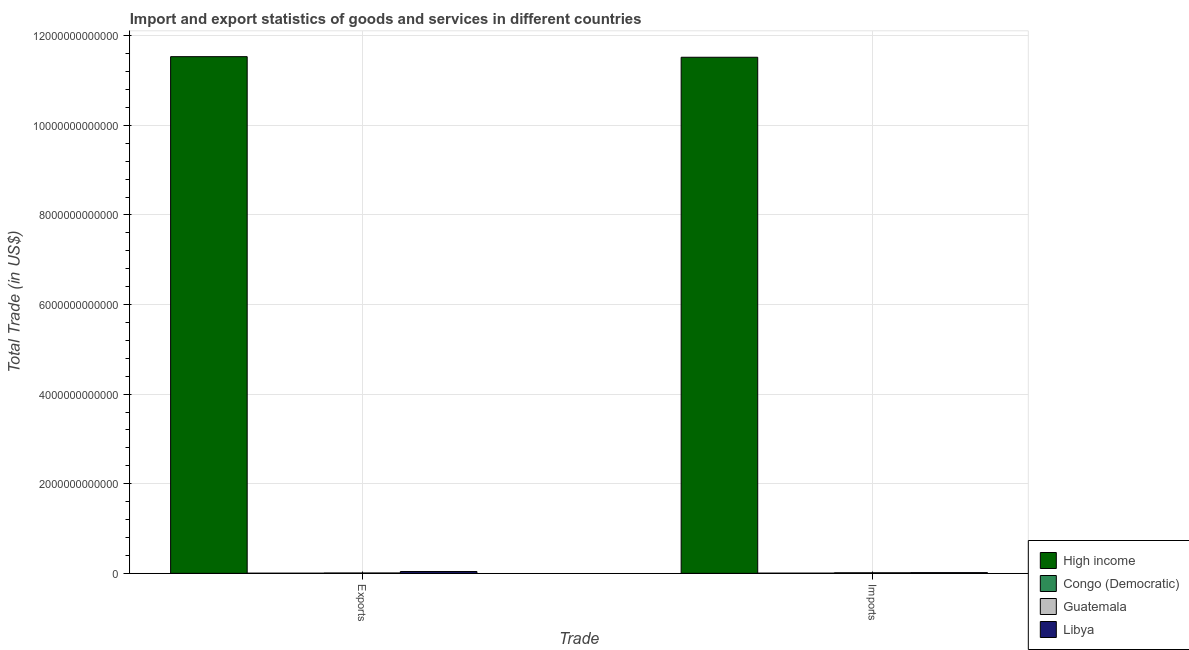
| Trade | High income | Congo (Democratic) | Guatemala | Libya |
 | --- | --- | --- | --- | --- |
 | Exports | 1.15e+13 | 2.77e+09 | 7.54e+09 | 4.04e+10 |
 | Imports | 1.15e+13 | 3.62e+09 | 1.27e+10 | 1.56e+10 |